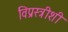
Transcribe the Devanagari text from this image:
विप्रस्त्रीशी